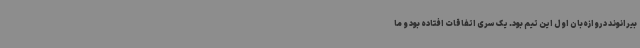
بیرانوند دروازه‌بان اول این تیم بود. یک سری اتفاقات افتاده بود و ما